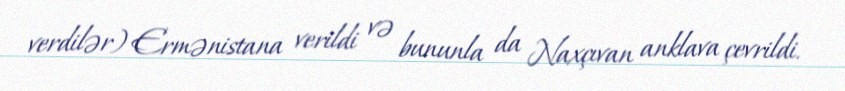
verdilər) Ermənistana verildi və bununla da Naxçıvan anklava çevrildi.